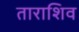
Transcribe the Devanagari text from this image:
ताराशिव